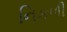
નિકળી